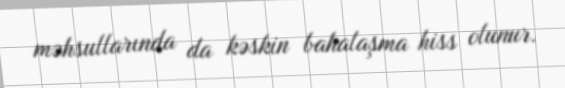
məhsullarında da kəskin bahalaşma hiss olunur.